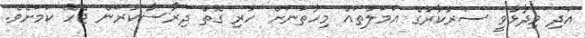
އަދި ވިދާޅުވީ ސަރުކާރުގެ އަމަލުތައް މިހާތަނަށް ހުރި ގޮތް ދިރާސާކުރަން ޖެހޭ ކަމަށެވެ.